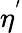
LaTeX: \eta^{'}